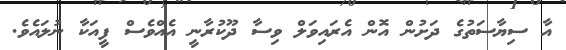
އާ ސިޔާސަތުގެ ދަށުން އޮން އެރައިވަލް ވިސާ ދޫކުރާނީ އެއްވެސް ފީއަކާ ނުލައެވެ.